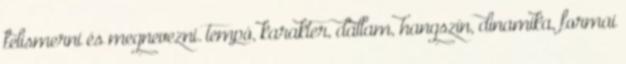
felismerni és megnevezni. tempó, karakter, dallam, hangszín, dinamika, formai